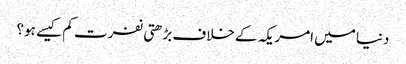
دنیا میں امریکہ کے خلاف بڑھتی نفرت کم کیسے ہو؟